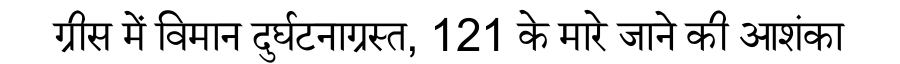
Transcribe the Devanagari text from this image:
ग्रीस में विमान दुर्घटनाग्रस्त, 121 के मारे जाने की आशंका